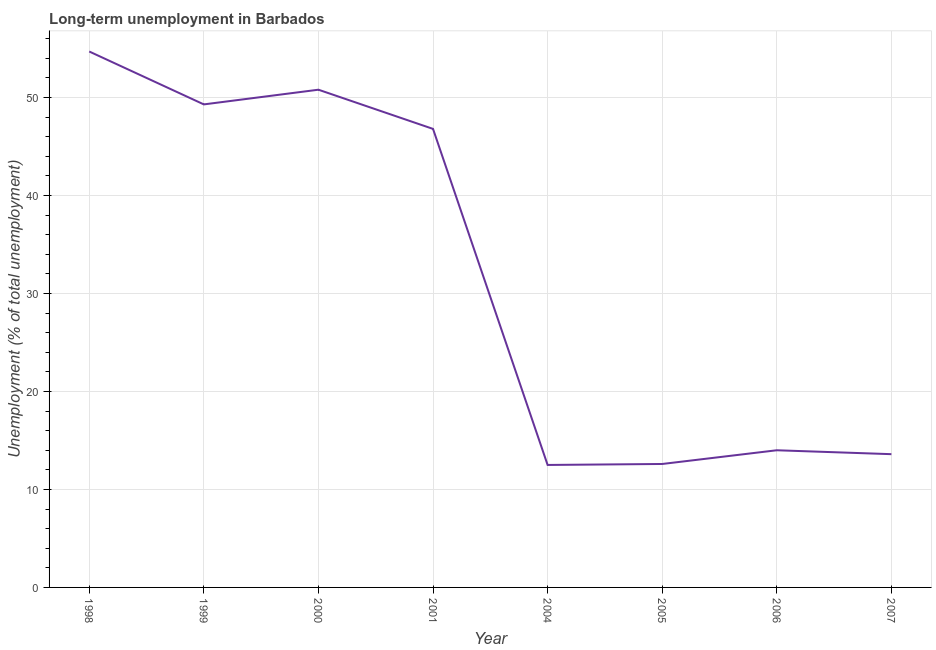
| Year | Long-term unemployment  |
 | --- | --- |
 | 1998 | 54.7 |
 | 1999 | 49.3 |
 | 2000 | 50.8 |
 | 2001 | 46.8 |
 | 2004 | 12.5 |
 | 2005 | 12.6 |
 | 2006 | 14 |
 | 2007 | 13.6 |